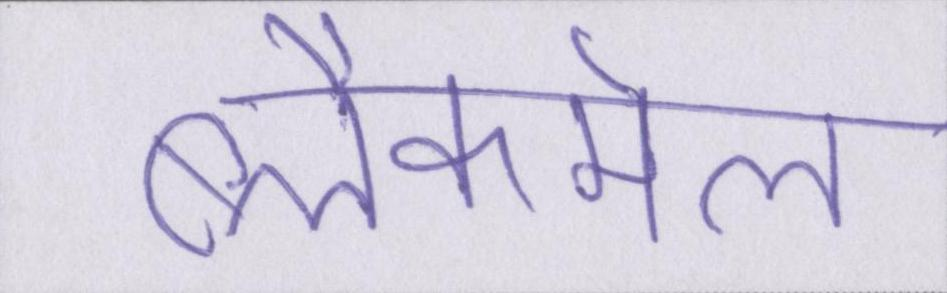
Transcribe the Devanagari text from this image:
ब्लैकमेल